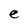
Character: e